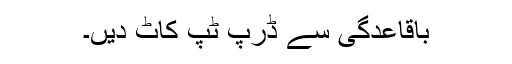
باقاعدگی سے ڈرپ ٹپ کاٹ دیں۔